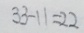
3 3 - 1 1 = 2 2